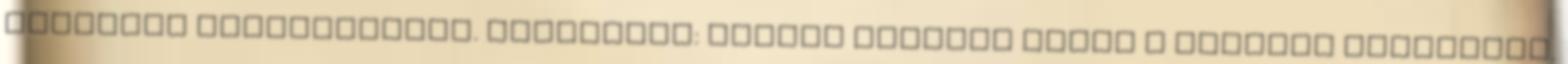
szorulna magyarázatra. Dióhéjban: Huszár egészen eddig a Zónában dolgozott.